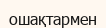
ошақтармен